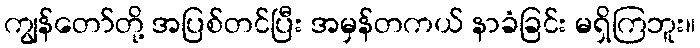
ကျွန်တော်တို့ အပြစ်တင်ပြီး အမှန်တကယ် နာခံခြင်း မရှိကြဘူး။